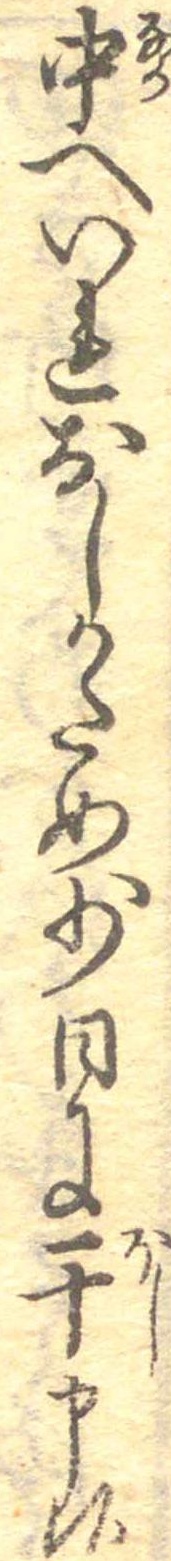
中へいれおしかため少日に干申候